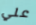
علي